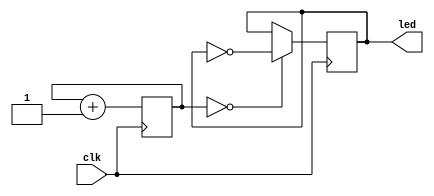
`default_nettype none

module example(
            input wire clk,
            output reg led);

        reg [24:0]     cnt = 25'b0;

        always @(posedge clk) begin
                cnt <= cnt + 1'b1;
                if (cnt == 25'b0) begin
                        led <= !led;
                end
                else begin
                        led <= led;
                end
        end

endmodule // top